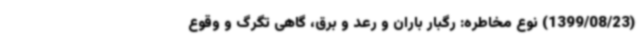
(1399/08/23) نوع مخاطره: رگبار باران و رعد و برق، گاهی تگرگ و وقوع